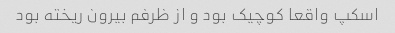
اسکپ واقعا کوچیک بود و از ظرفم بیرون ریخته بود